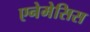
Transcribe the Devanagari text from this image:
एनेमेसिस